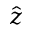
\hat { z }